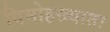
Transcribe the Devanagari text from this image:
विमोहख्यातः